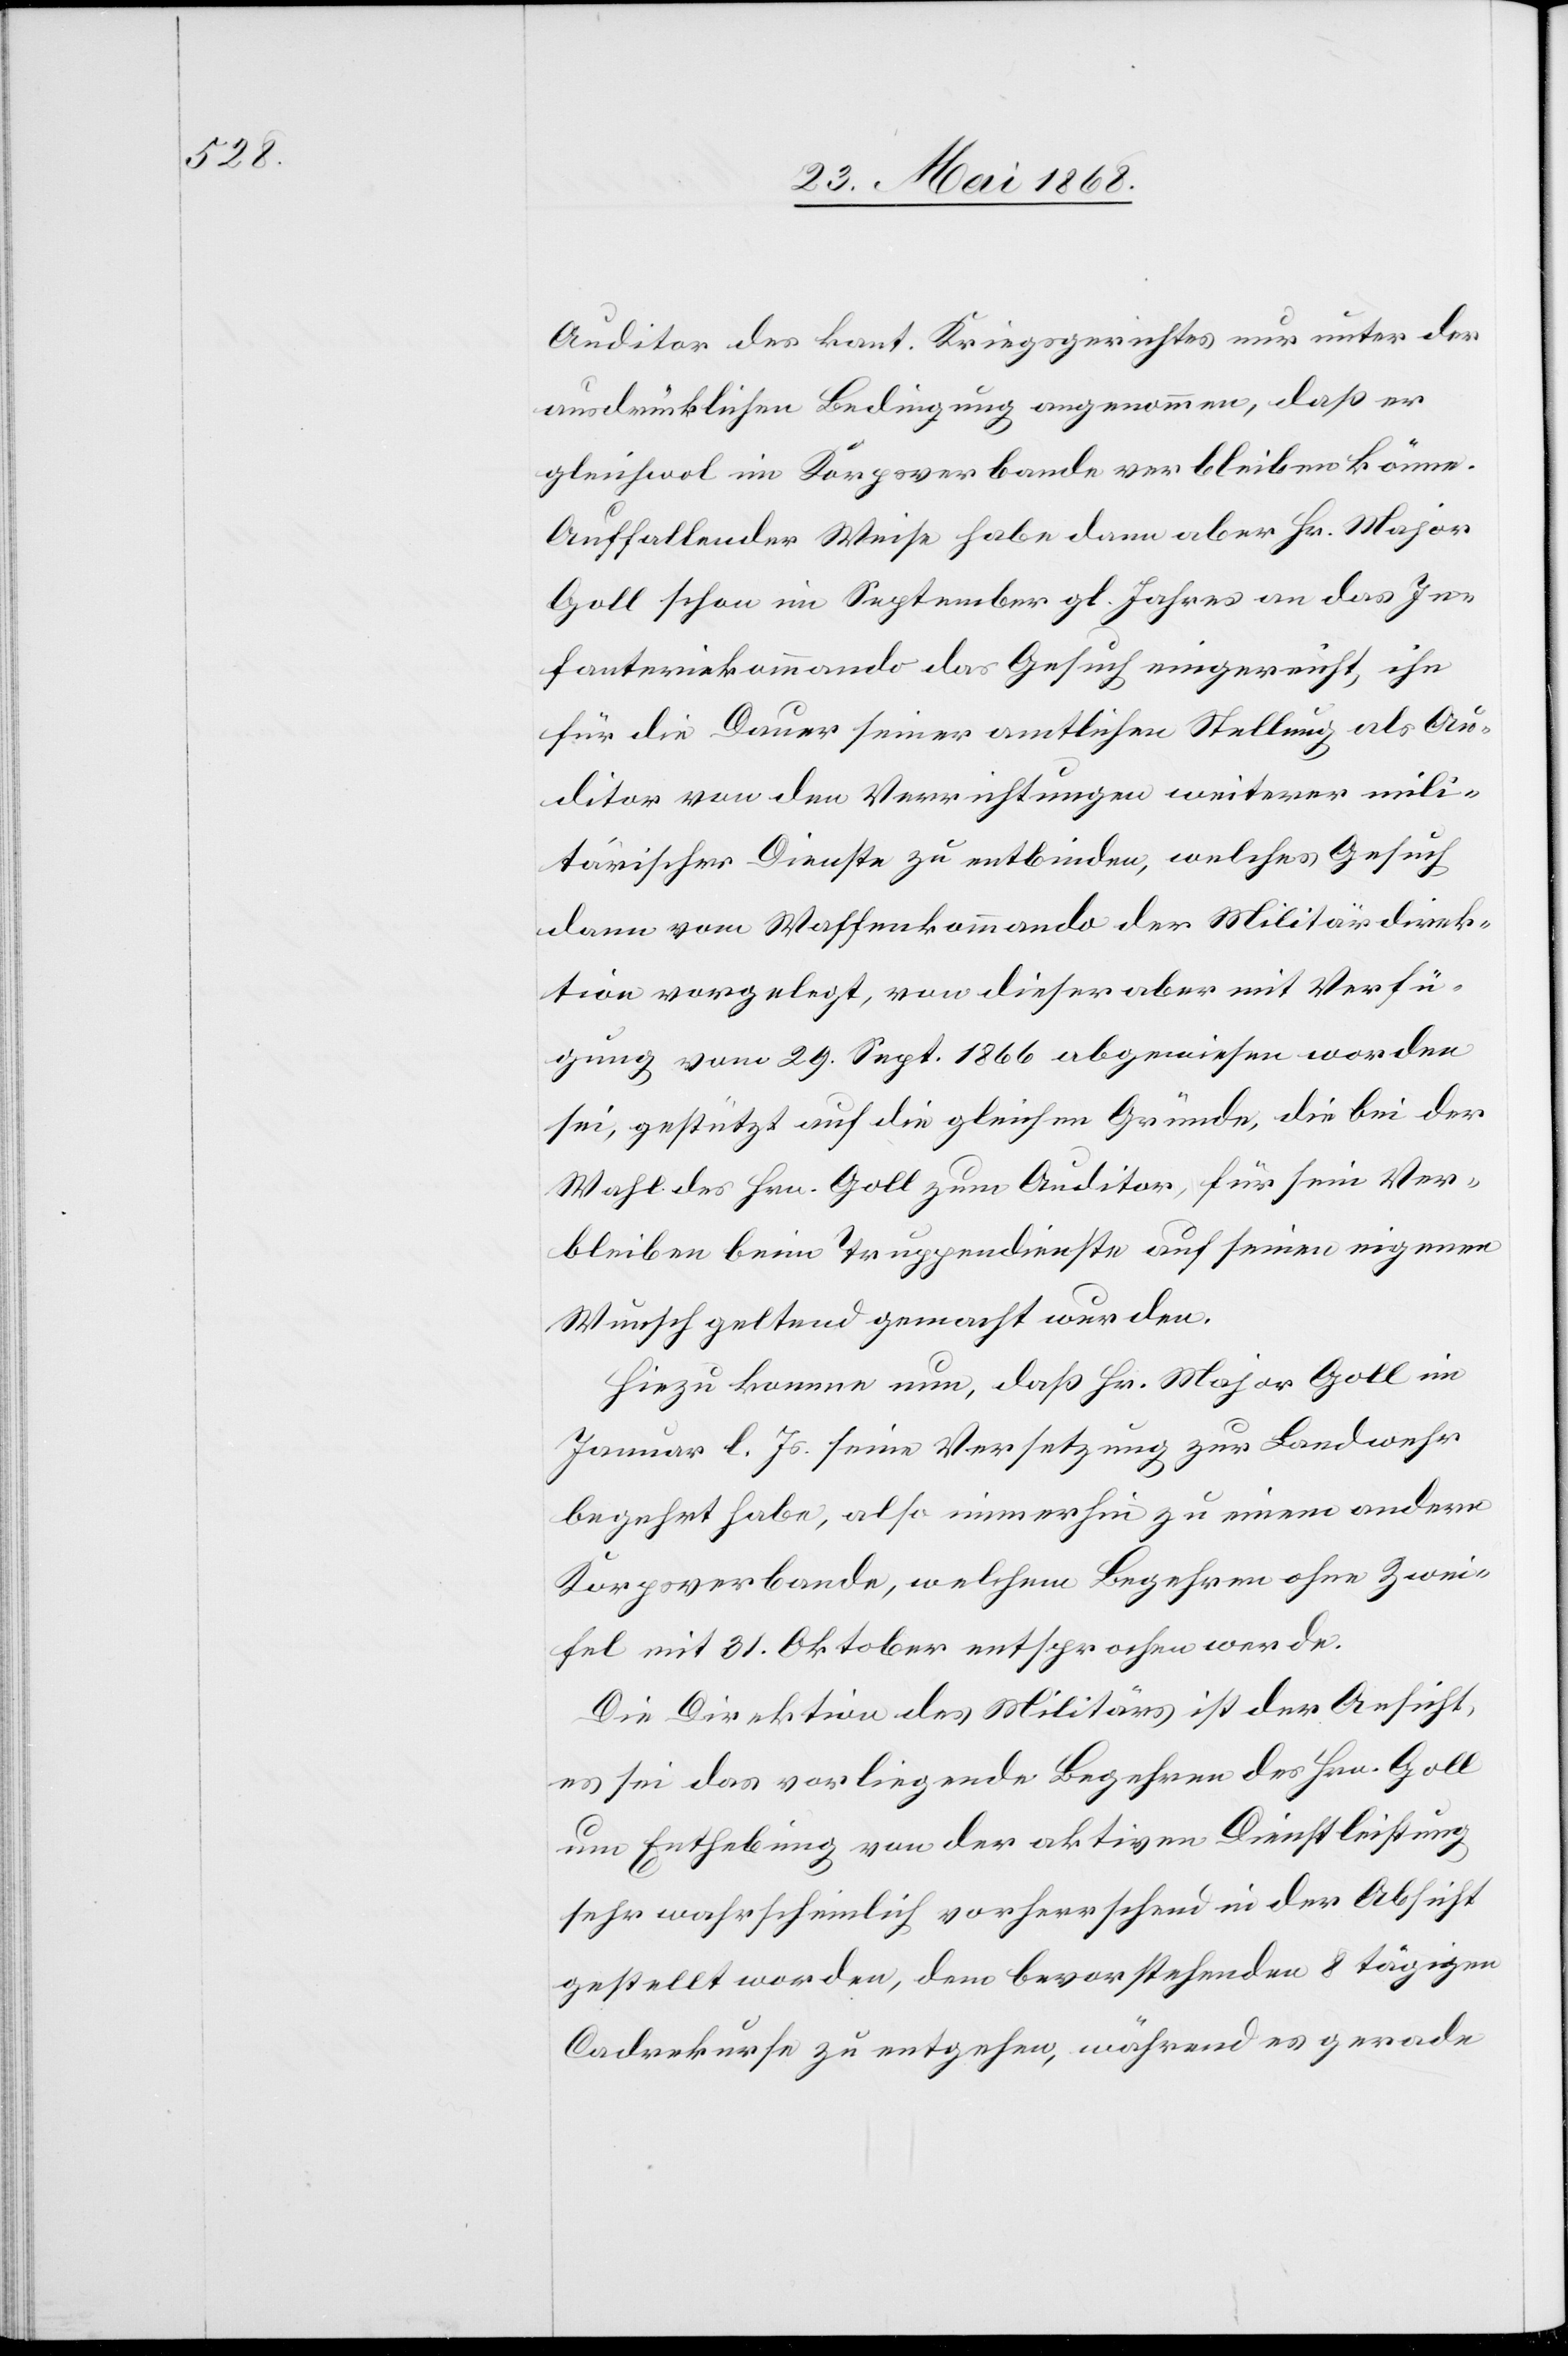
Auditor des kant. Kriegsgerichtes nur unter der
ausdrücklichen Bedingung angenommen, daß er
gleichwol im Korpsverbande verbleiben könne.
Auffallender Weise habe dann aber Hr. Major
Goll schon im September gl. Jahres an das In¬
fanteriekommando das Gesuch eingereicht, ihn
für die Dauer seiner amtlichen Stellung als Au¬
ditor von den Verrichtungen weiterer mili¬
tärischer Dienste zu entbinden, welches Gesuch
dann vom Waffenkommando der Militärdirek¬
tion vorgelegt, von dieser aber mit Verfü¬
gung vom 29. Sept. 1866 abgewiesen worden
sei, gestützt auf die gleichen Gründe, die bei der
Wahl des Hrn. Goll zum Auditor, für sein Ver¬
bleiben beim Truppendienste auf seinen eigenen
Wunsch geltend gemacht wurden.
Hiezu komme nun, daß Hr. Major Goll im
Januar l. Js. seine Versetzung zur Landwehr
begehrt habe, also immerhin zu einem andern
Korpsverbande, welchem Begehren ohne Zwei¬
fel mit 31. Oktober entsprochen werde.
Die Direktion des Militärs ist der Ansicht,
es sei das vorliegende Begehren des Hrn. Goll
um Enthebung von der aktiven Dienstleistung
sehr wahrscheinlich vorherrschend in der Absicht
gestellt worden, dem bevorstehenden 8 tägigen
Cadrekurse zu entgehen, während es gerade